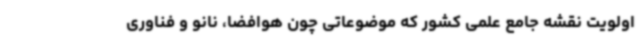
اولویت نقشه جامع علمی کشور که موضوعاتی چون هوافضا، نانو و فناوری